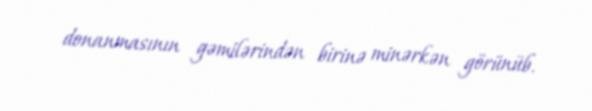
donanmasının gəmilərindən birinə minərkən görünüb.